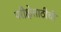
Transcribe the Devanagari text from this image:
परीक्षेसाठीची